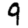
Digit: 9